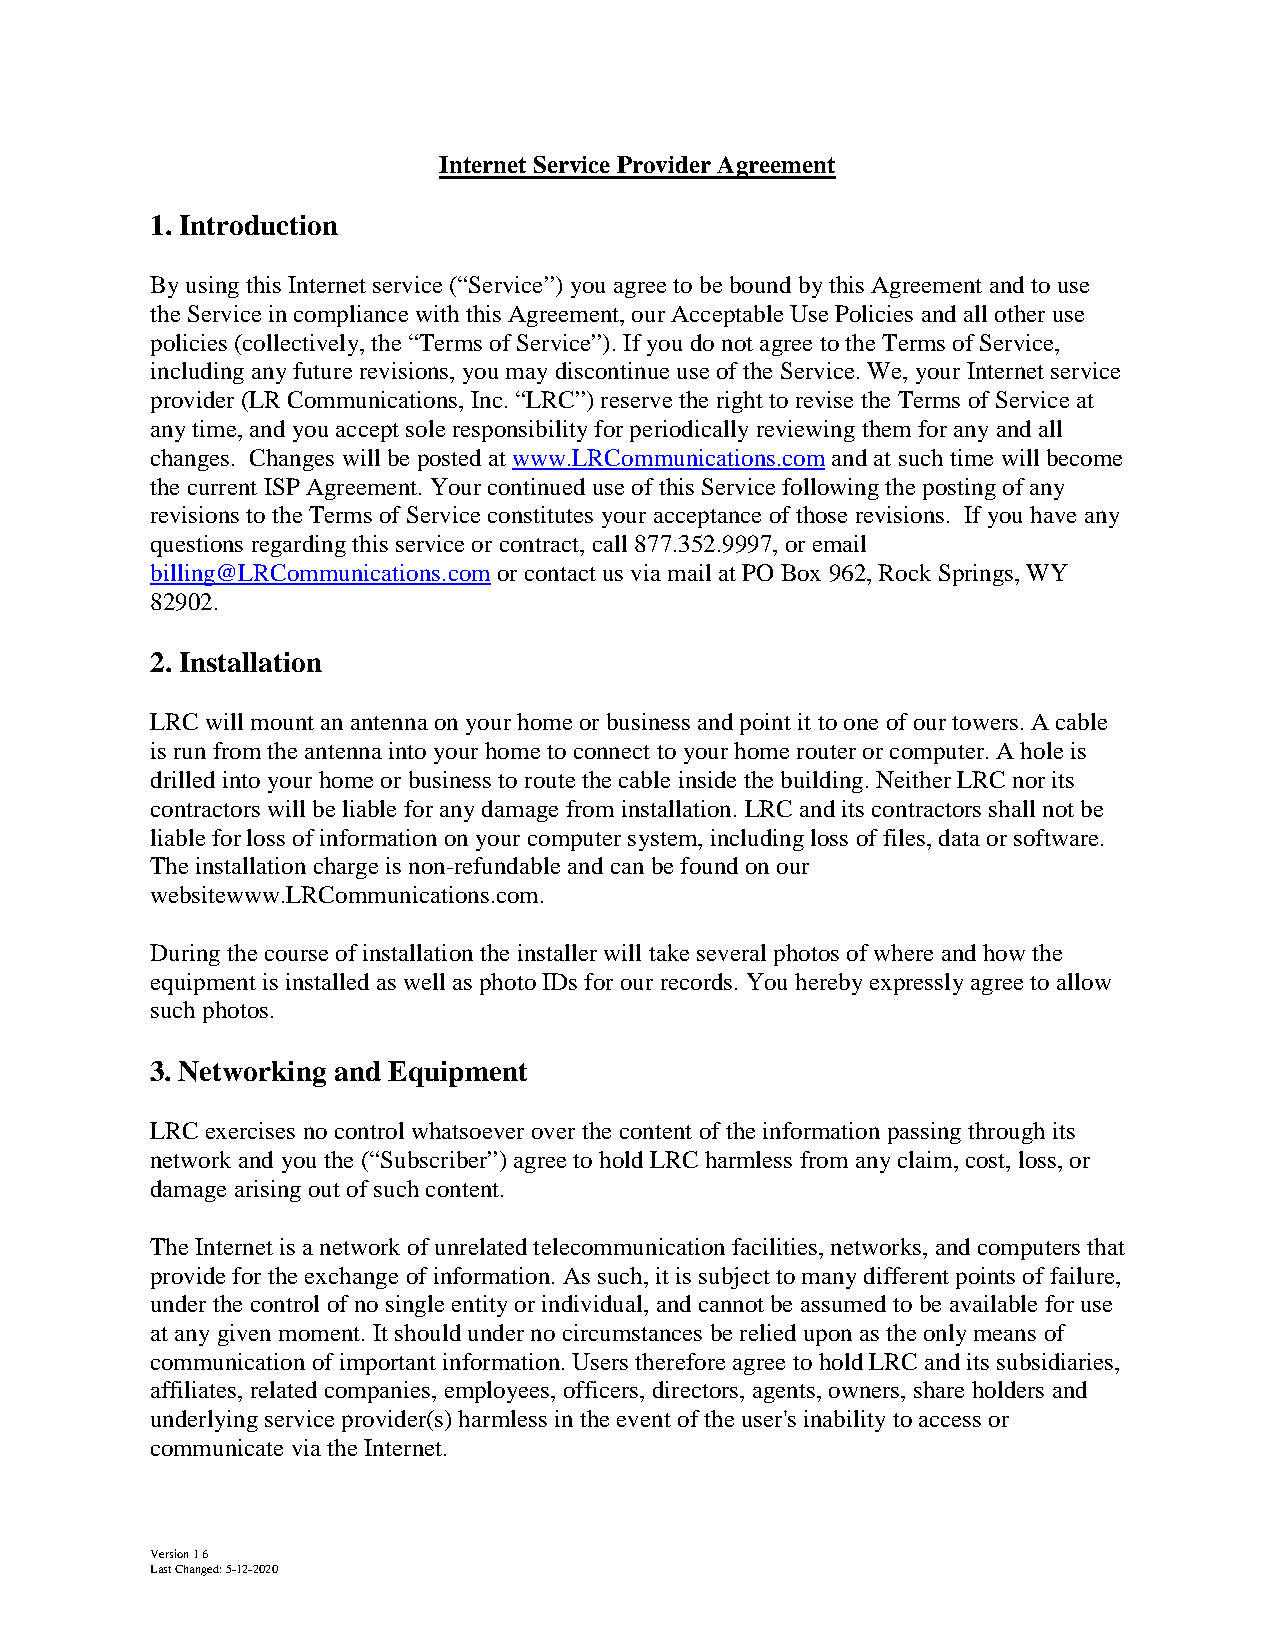
Internet Service Provider Agreement
 1. Introduction
 By using this Internet service (“Service”) you agree to be bound by this Agreement and to use
 the Service in compliance with this Agreement, our Acceptable Use Policies and all other use
 policies (collectively, the “Terms of Service”). If you do not agree to the Terms of Service,
 including any future revisions, you may discontinue use of the Service. We, your Internet service
 provider (LR Communications, Inc. “LRC”) reserve the right to revise the Terms of Service at
 any time, and you accept sole responsibility for periodically reviewing them for any and all
 changes. Changes will be posted at www.LRCommunications.com and at such time will become
 the current ISP Agreement. Your continued use of this Service following the posting of any
 revisions to the Terms of Service constitutes your acceptance of those revisions. If you have any
 questions regarding this service or contract, call 877.352.9997, or email
 billing@LRCommunications.com or contact us via mail at PO Box 962, Rock Springs, WY
 82902.
 2. Installation
 LRC will mount an antenna on your home or business and point it to one of our towers. A cable
 is run from the antenna into your home to connect to your home router or computer. A hole is
 drilled into your home or business to route the cable inside the building. Neither LRC nor its
 contractors will be liable for any damage from installation. LRC and its contractors shall not be
 liable for loss of information on your computer system, including loss of files, data or software.
 The installation charge is non-refundable and can be found on our
 websitewww.LRCommunications.com.
 During the course of installation the installer will take several photos of where and how the
 equipment is installed as well as photo IDs for our records. You hereby expressly agree to allow
 such photos.
 3. Networking and Equipment
 LRC exercises no control whatsoever over the content of the information passing through its
 network and you the (“Subscriber”) agree to hold LRC harmless from any claim, cost, loss, or
 damage arising out of such content.
 The Internet is a network of unrelated telecommunication facilities, networks, and computers that
 provide for the exchange of information. As such, it is subject to many different points of failure,
 under the control of no single entity or individual, and cannot be assumed to be available for use
 at any given moment. It should under no circumstances be relied upon as the only means of
 communication of important information. Users therefore agree to hold LRC and its subsidiaries,
 affiliates, related companies, employees, officers, directors, agents, owners, share holders and
 underlying service provider(s) harmless in the event of the user's inability to access or
 communicate via the Internet.
 Version 16
 Last Changed: 5-12-2020